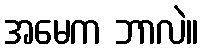
အမေက ဘာလဲ။